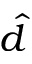
\hat { d }